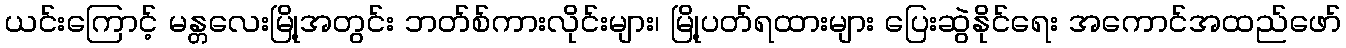
ယင်းကြောင့် မန္တလေးမြို့အတွင်း ဘတ်စ်ကားလိုင်းများ၊ မြို့ပတ်ရထားများ ပြေးဆွဲနိုင်ရေး အကောင်အထည်ဖော်